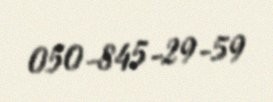
050-845-29-59